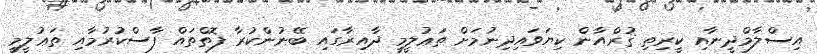
އިސްލާމްދީނާއި ކީރިތި ޤުރްއާން ކިޔަވައިދިނުމަށް ތަޢުލީމީ ދާއިރާގައި ބޭނުންކުރާ ފޮތްތައް ފާސްކުރުމާއި ތަޢުލީމީ